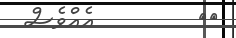
٤٣        އެއްވެސް